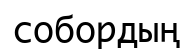
собордың